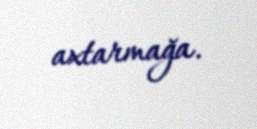
axtarmağa.